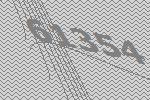
61354